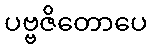
ပဗ္ဗဇိတောပေ